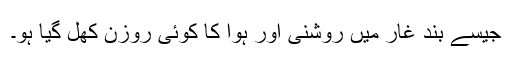
جیسے بند غار میں روشنی اور ہوا کا کوئی روزن کھل گیا ہو۔